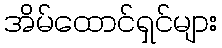
အိမ်ထောင်ရှင်များ